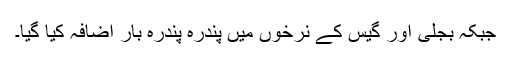
جبکہ بجلی اور گیس کے نرخوں میں پندرہ پندرہ بار اضافہ کیا گیا۔